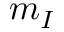
m _ { I }